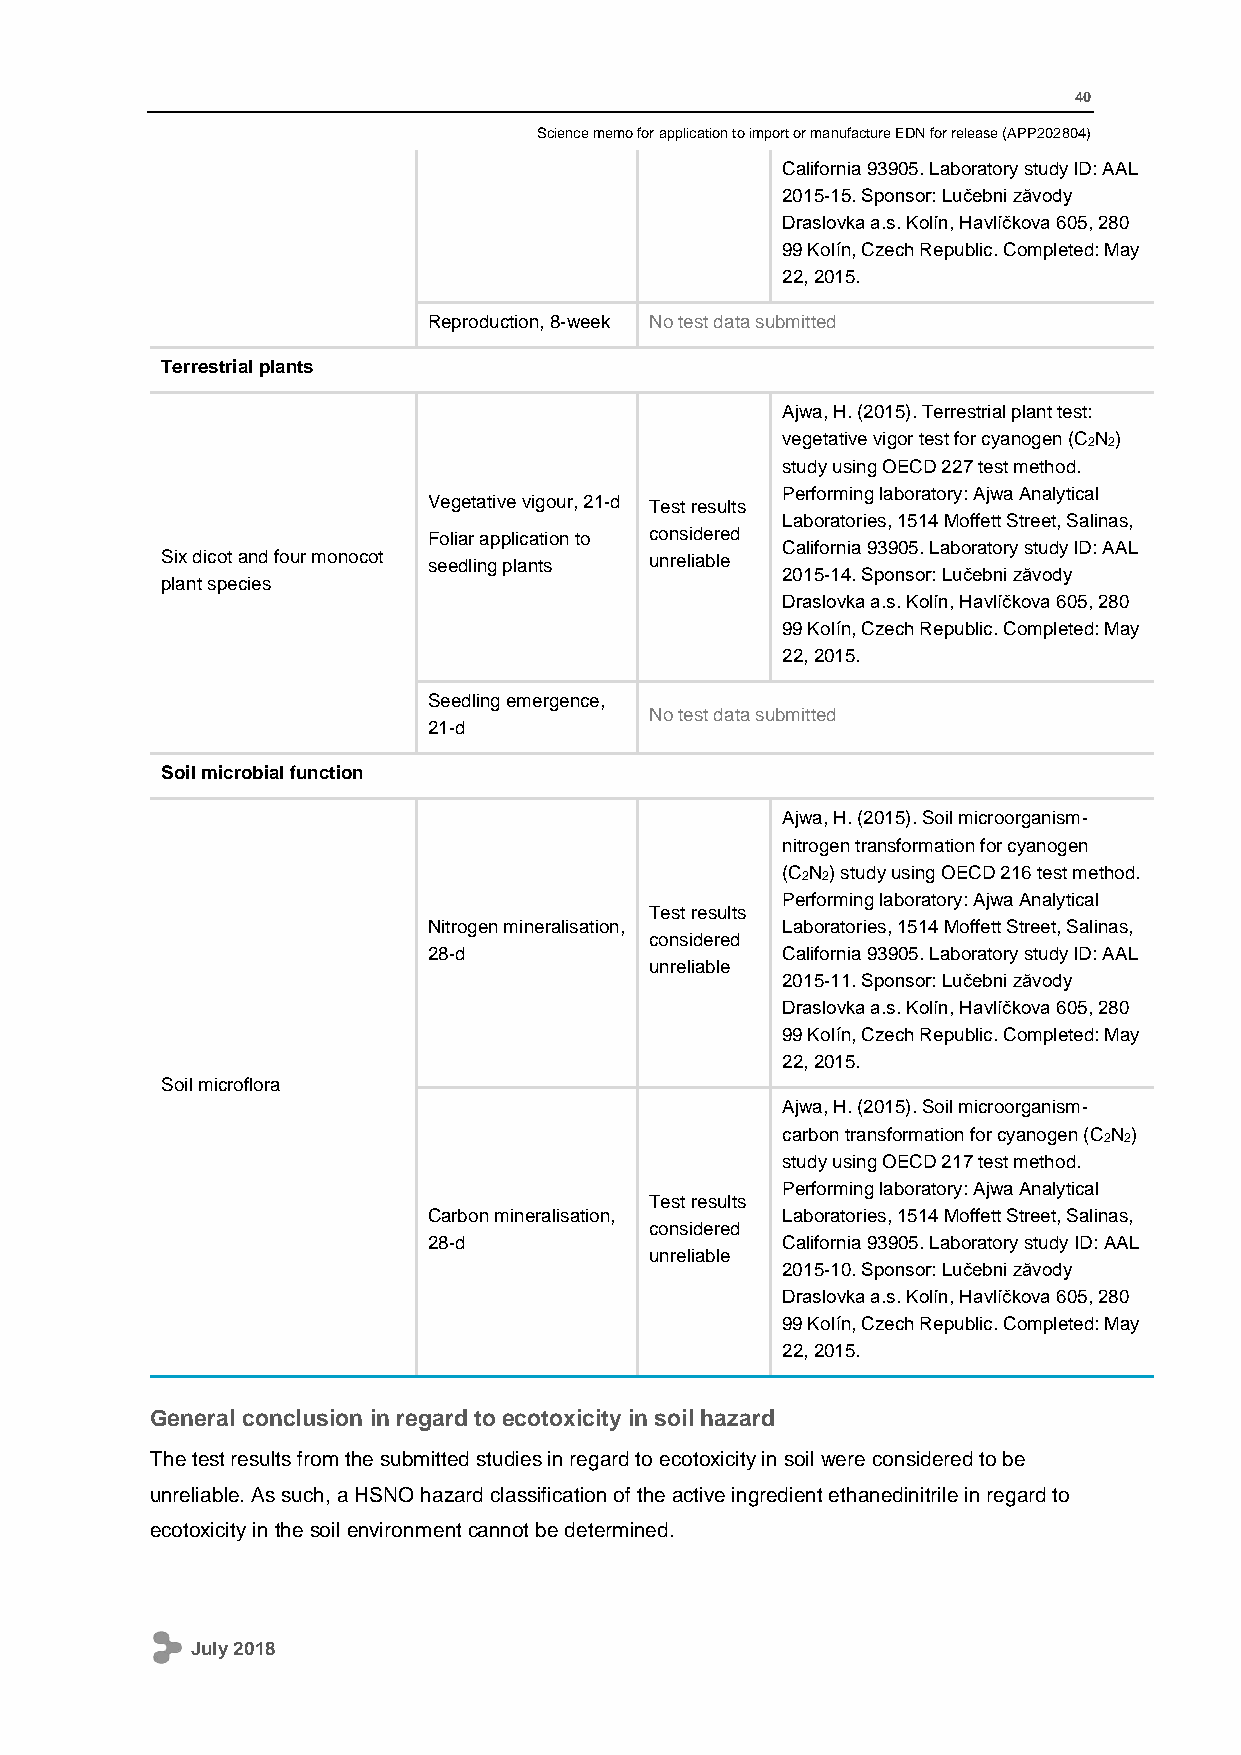
40
 Science memo for application to import or manufacture EDN for release (APP202804)
 California 93905. Laboratory study ID: AAL
 2015-15. Sponsor: Lučebni zăvody
 Draslovka a.s. Kolín, Havlíčkova 605, 280
 99 Kolín, Czech Republic. Completed: May
 22, 2015.
 Reproduction, 8-week No test data submitted
 Terrestrial plants
 Ajwa, H. (2015). Terrestrial plant test:
 vegetative vigor test for cyanogen (C2N2)
 study using OECD 227 test method.
 Performing laboratory: Ajwa Analytical
 Vegetative vigour, 21-d Test results
 Laboratories, 1514 Moffett Street, Salinas,
 Foliar application to considered
 California 93905. Laboratory study ID: AAL
 Six dicot and four monocot seedling plants unreliable
 2015-14. Sponsor: Lučebni zăvody
 plant species
 Draslovka a.s. Kolín, Havlíčkova 605, 280
 99 Kolín, Czech Republic. Completed: May
 22, 2015.
 Seedling emergence,
 No test data submitted
 21-d
 Soil microbial function
 Ajwa, H. (2015). Soil microorganism-
 nitrogen transformation for cyanogen
 (C2N2) study using OECD 216 test method.
 Performing laboratory: Ajwa Analytical
 Test results
 Nitrogen mineralisation, Laboratories, 1514 Moffett Street, Salinas,
 considered
 28-d                    California 93905. Laboratory study ID: AAL
 unreliable
 2015-11. Sponsor: Lučebni zăvody
 Draslovka a.s. Kolín, Havlíčkova 605, 280
 99 Kolín, Czech Republic. Completed: May
 22, 2015.
 Soil microflora
 Ajwa, H. (2015). Soil microorganism-
 carbon transformation for cyanogen (C2N2)
 study using OECD 217 test method.
 Performing laboratory: Ajwa Analytical
 Test results
 Carbon mineralisation,  Laboratories, 1514 Moffett Street, Salinas,
 considered
 28-d                    California 93905. Laboratory study ID: AAL
 unreliable
 2015-10. Sponsor: Lučebni zăvody
 Draslovka a.s. Kolín, Havlíčkova 605, 280
 99 Kolín, Czech Republic. Completed: May
 22, 2015.
 General conclusion in regard to ecotoxicity in soil hazard
 The test results from the submitted studies in regard to ecotoxicity in soil were considered to be
 unreliable. As such, a HSNO hazard classification of the active ingredient ethanedinitrile in regard to
 ecotoxicity in the soil environment cannot be determined.
 July 2018